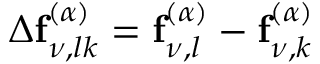
\Delta \mathbf { f } _ { \nu , l k } ^ { ( \alpha ) } = \mathbf { f } _ { \nu , l } ^ { ( \alpha ) } - \mathbf { f } _ { \nu , k } ^ { ( \alpha ) }